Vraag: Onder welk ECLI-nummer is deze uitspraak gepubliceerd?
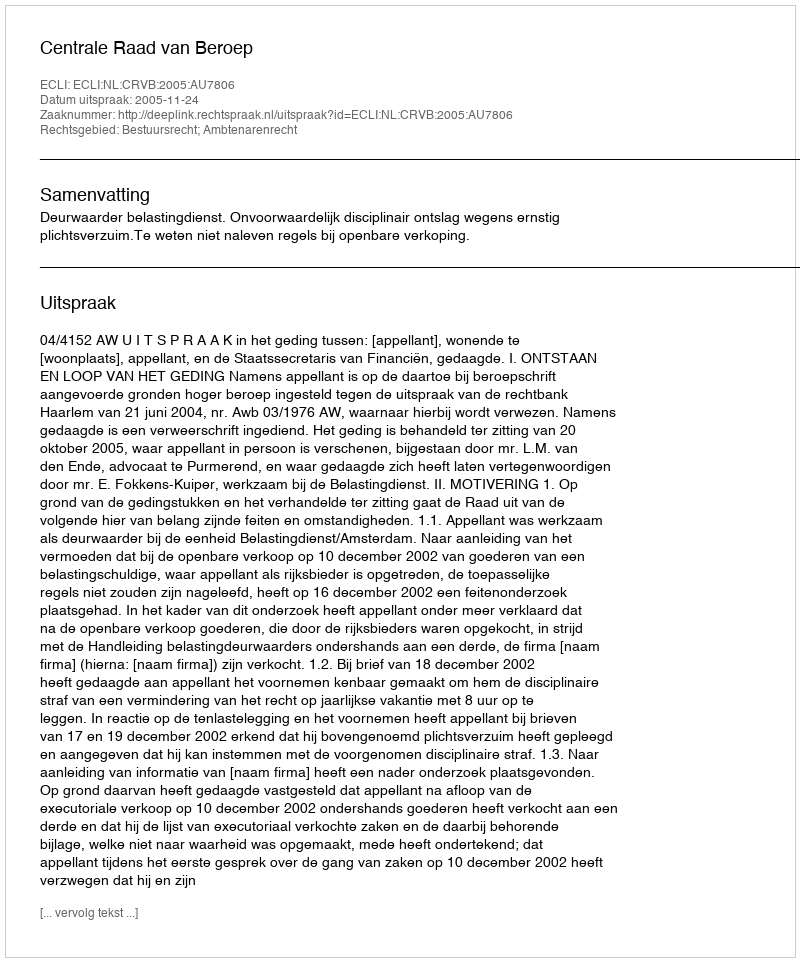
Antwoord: ECLI:NL:CRVB:2005:AU7806